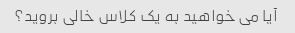
آیا می خواهید به یک کلاس خالی بروید؟